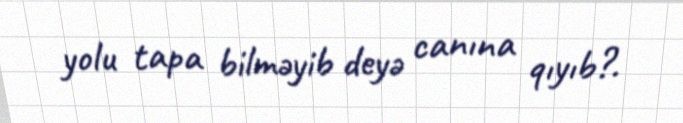
yolu tapa bilməyib deyə canına qıyıb?.